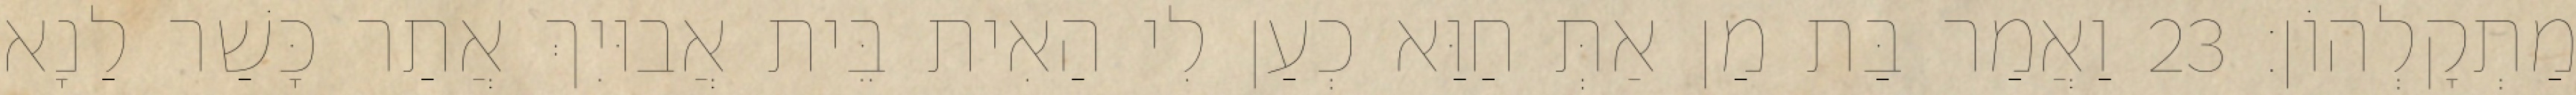
מַתְקָלְהוֹן׃ 23 וַאֲמַר בַּת מַן אַתְּ חַוַּא כְעַן לִי הַאִית בֵּית אֲבוּיִךְ אֲתַר כָּשַׁר לַנָא